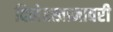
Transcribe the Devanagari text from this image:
दिलेरखानावरी